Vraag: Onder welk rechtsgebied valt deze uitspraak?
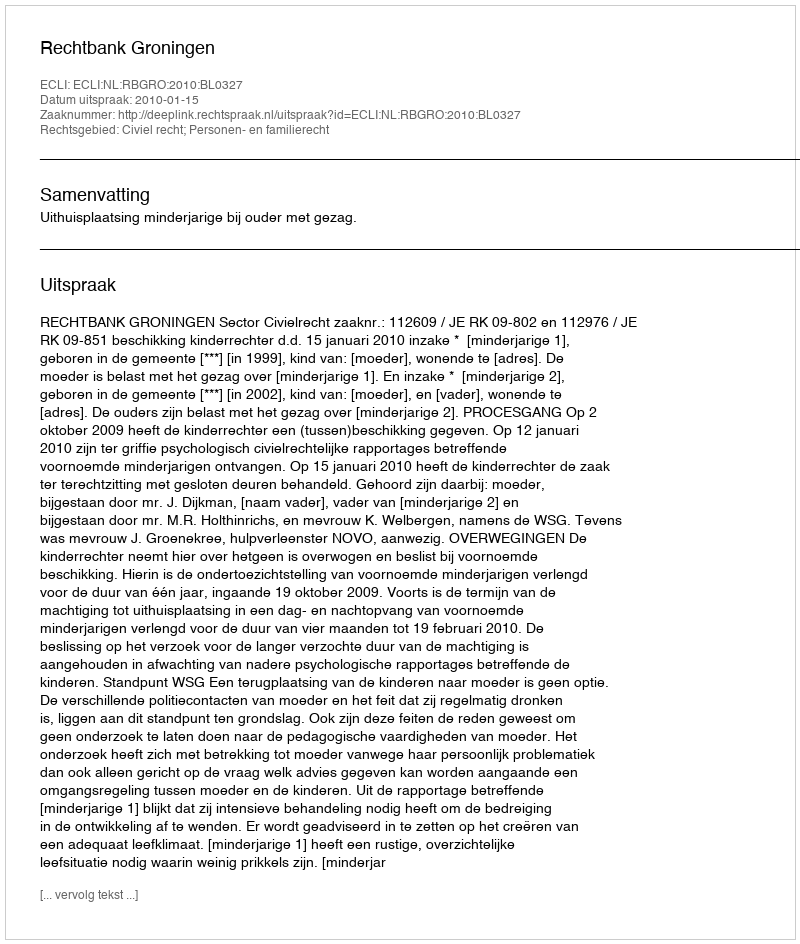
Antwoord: Civiel recht; Personen- en familierecht